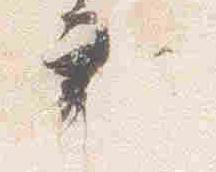
衣